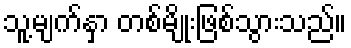
သူ့မျက်နှာ တစ်မျိုးဖြစ်သွားသည်။